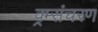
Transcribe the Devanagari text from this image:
क्र्म्संचरण